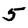
Digit: 5